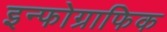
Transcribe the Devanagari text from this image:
इन्फोग्राफिक